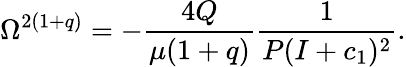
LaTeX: \Omega^{2(1+q)}=-\frac{4Q}{\mu(1+q)}\frac{1}{P(I+c_{1})^{2}}.